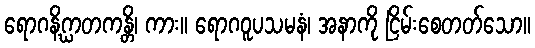
ရောဂနိဂ္ဃာတကန္တိ၊ ကား။ ရောဂဝူပသမနံ၊ အနာကို ငြိမ်းစေတတ်သော။